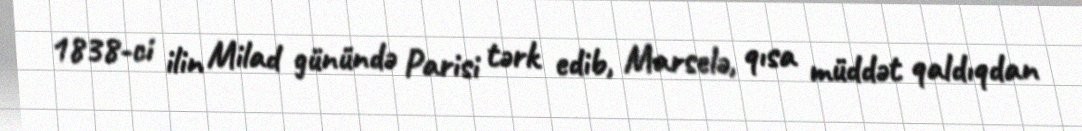
1838-ci ilin Milad günündə Parisi tərk edib, Marselə, qısa müddət qaldıqdan